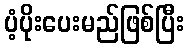
ပံ့ပိုးပေးမည်ဖြစ်ပြီး